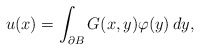
\begin{align*} u(x)=\int_{\partial B}G(x,y)\varphi(y)\, dy,\end{align*}